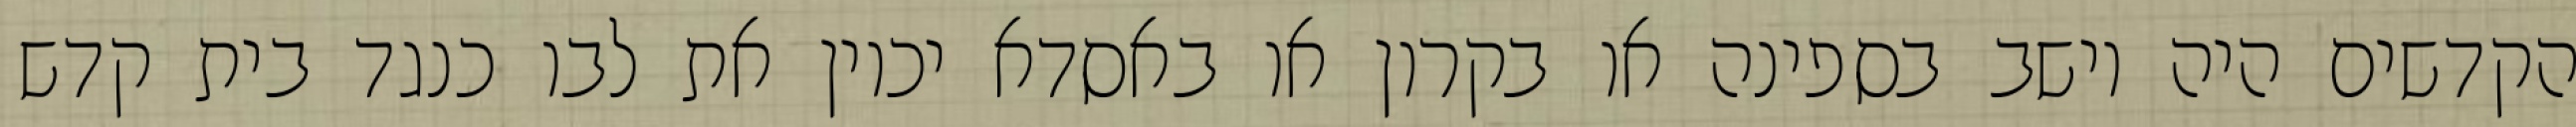
הקדשים היה יושב בספינה או בקרון או באסדא יכוין את לבו כנגד בית קדש